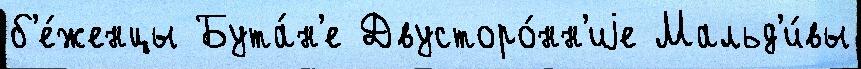
б'е́женцы Бута́н'е Двусторо́нн'иjе Мальд'и́вы